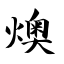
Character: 燠